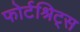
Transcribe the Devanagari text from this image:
फोर्टश्रिट्स